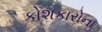
કોશકારોના